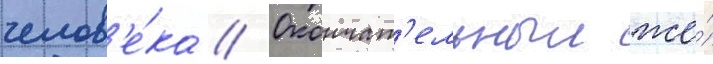
челов'е́ка // Окончат'ельныи же́